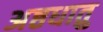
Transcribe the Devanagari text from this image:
अष्ठधातु